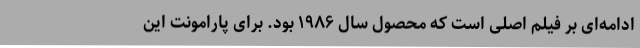
ادامه‌ای بر فیلم اصلی است که محصول سال ۱۹۸۶ بود. برای پارامونت این